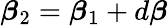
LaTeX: {\boldsymbol{\beta}}_{2}={\boldsymbol{\beta}}_{1}+d{\boldsymbol{\beta}}